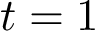
t = 1